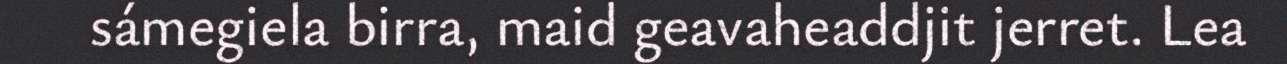
sámegiela birra, maid geavaheaddjit jerret. Lea